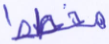
مخطط